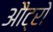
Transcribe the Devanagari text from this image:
औट्रो